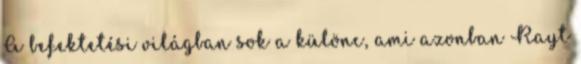
A befektetési világban sok a különc, ami azonban Rayt